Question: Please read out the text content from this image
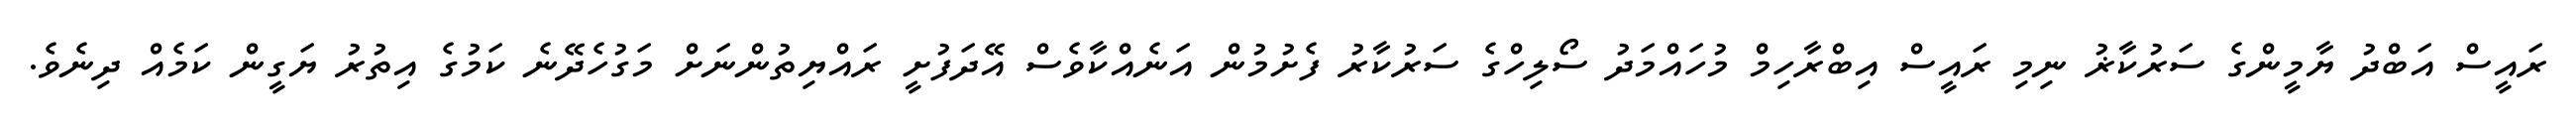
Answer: ރައީސް އަބްދު ޔާމީންގެ ސަރުކާޜު ނިމި ރައީސް އިބްރާހިމް މުހައްމަދު ސޯލިހްގެ ސަރުކާރު ފެށުމުން އަނެއްކާވެސް އޭދަފުށީ ރައްޔިތުންނަށް މަގުހެދޭނެ ކަމުގެ އިތުރު ޔަގީން ކަމެއް ދިނެވެ.